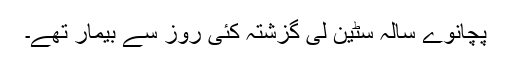
پچانوے سالہ سٹین لی گزشتہ کئی روز سے بیمار تھے۔